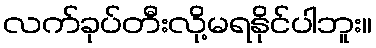
လက်ခုပ်တီးလို့မရနိုင်ပါဘူး။